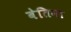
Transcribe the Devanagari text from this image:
बेतिना